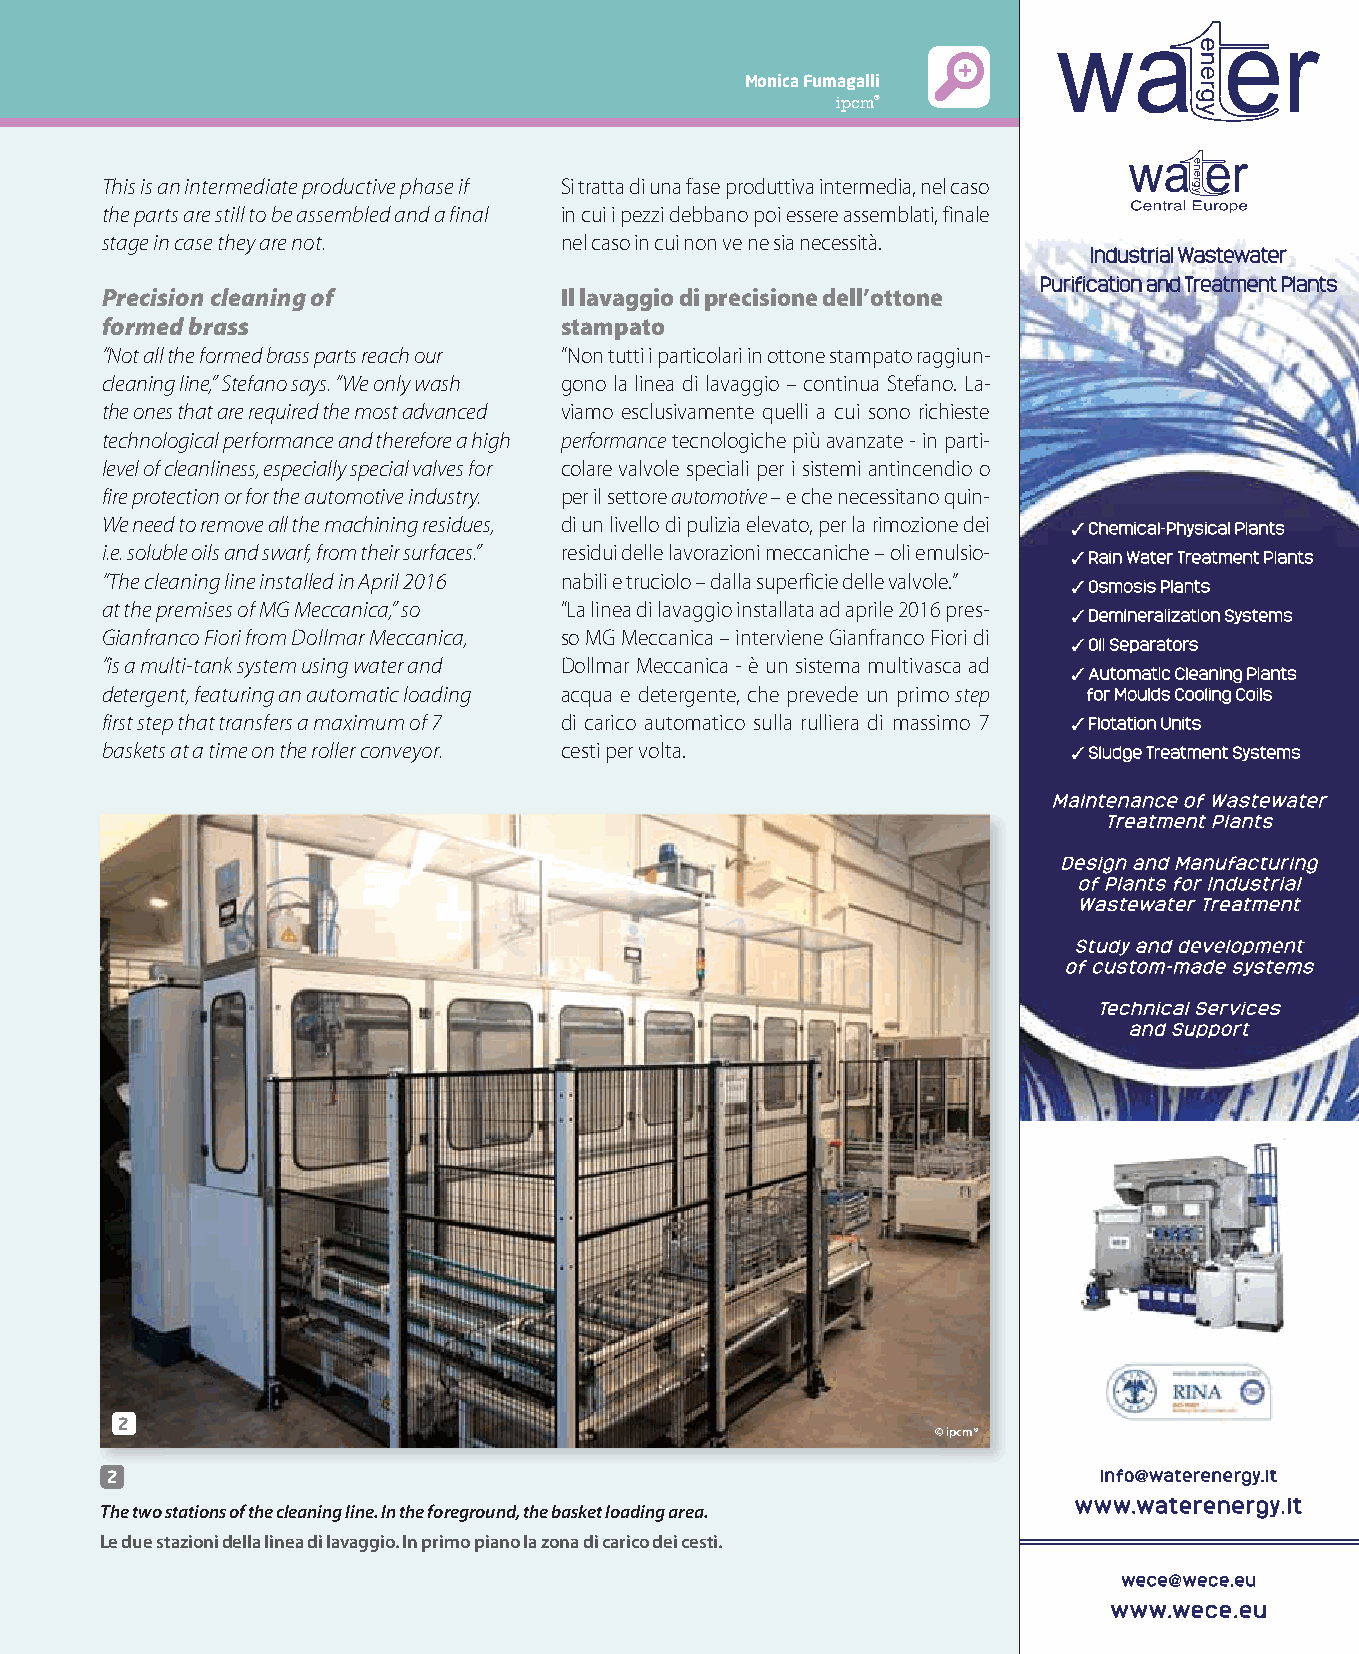
Monica Fumagalli
 ipcm®
 This is an intermediate productive phase if Si tratta di una fase produttiva intermedia, nel caso
 the parts are still to be assembled and a final in cui i pezzi debbano poi essere assemblati, finale
 stage in case they are not.   nel caso in cui non ve ne sia necessità.
 Precision cleaning of         Il lavaggio di precisione dell’ottone
 formed brass                  stampato
 “Not all the formed brass parts reach our “Non tutti i particolari in ottone stampato raggiun-
 cleaning line,” Stefano says. “We only wash gono la linea di lavaggio – continua Stefano. La-
 the ones that are required the most advanced viamo esclusivamente quelli a cui sono richieste
 technological performance and therefore a high performance tecnologiche più avanzate - in parti-
 level of cleanliness, especially special valves for colare valvole speciali per i sistemi antincendio o
 fire protection or for the automotive industry. per il settore automotive – e che necessitano quin-
 We need to remove all the machining residues, di un livello di pulizia elevato, per la rimozione dei
 i.e. soluble oils and swarf, from their surfaces.” residui delle lavorazioni meccaniche – oli emulsio-
 “The cleaning line installed in April 2016 nabili e truciolo – dalla superficie delle valvole.”
 at the premises of MG Meccanica,” so “La linea di lavaggio installata ad aprile 2016 pres-
 Gianfranco Fiori from Dollmar Meccanica, so MG Meccanica – interviene Gianfranco Fiori di
 “is a multi-tank system using water and Dollmar Meccanica - è un sistema multivasca ad
 detergent, featuring an automatic loading acqua e detergente, che prevede un primo step
 first step that transfers a maximum of 7 di carico automatico sulla rulliera di massimo 7
 baskets at a time on the roller conveyor. cesti per volta.
 2
 © ipcm®
 2
 The two stations of the cleaning line. In the foreground, the basket loading area.
 Le due stazioni della linea di lavaggio. In primo piano la zona di carico dei cesti.